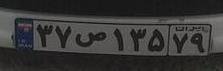
۳۷ص۱۳۵۷۹